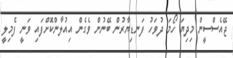
ޖޭއެސްސީން މިދިޔަ ހޯމަ ދުވަހު ފަނޑިޔާރުން ބޭނުން ވެގެން އިއުލާންކޮށްފައި ވަނީ ފެމިލީ